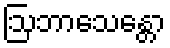
ဩဘာသေန္တော